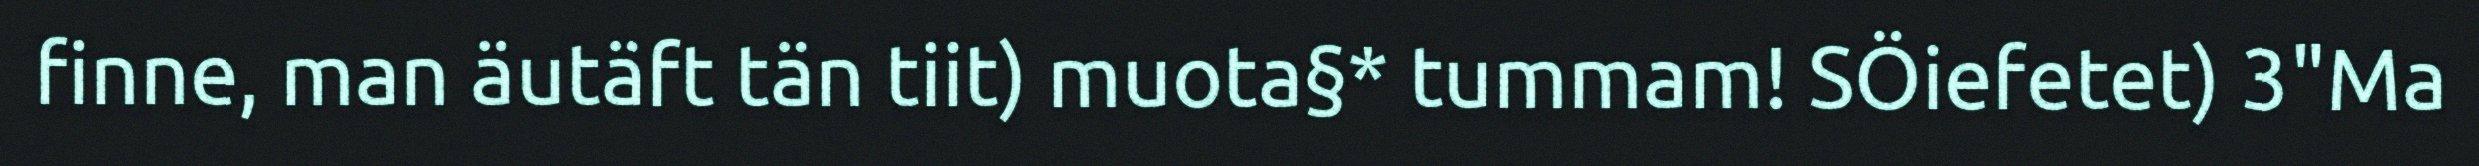
finne, man äutäft tän tiit) muota§* tummam! SÖiefetet) 3"Ma